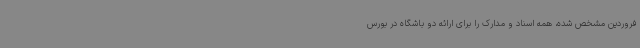
فروردین مشخص شده، همه اسناد و مدارک را برای ارائه دو باشگاه در بورس